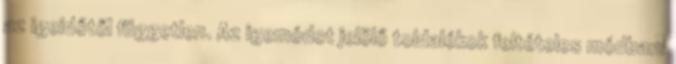
az igeidőtől független. Az igemódot jelölő toldalékok feltételes módban: